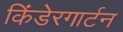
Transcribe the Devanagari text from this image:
किंडेरगार्टन